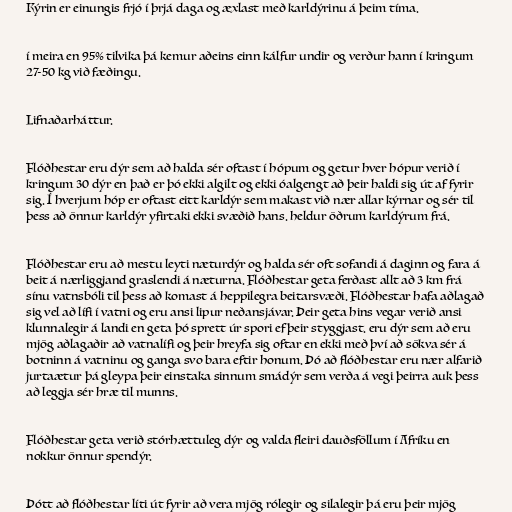
Kýrin er einungis frjó í þrjá daga og æxlast með karldýrinu á þeim tíma.

í meira en 95% tilvika þá kemur aðeins einn kálfur undir og verður hann í kringum
27-50 kg við fæðingu.

Lifnaðarháttur.

Flóðhestar eru dýr sem að halda sér oftast í hópum og getur hver hópur verið í
kringum 30 dýr en það er þó ekki algilt og ekki óalgengt að þeir haldi sig út af fyrir
sig. Í hverjum hóp er oftast eitt karldýr sem makast við nær allar kýrnar og sér til
þess að önnur karldýr yfirtaki ekki svæðið hans. heldur öðrum karldýrum frá.

Flóðhestar eru að mestu leyti næturdýr og halda sér oft sofandi á daginn og fara á
beit á nærliggjand graslendi á næturna. Flóðhestar geta ferðast allt að 3 km frá
sínu vatnsbóli til þess að komast á heppilegra beitarsvæði. Flóðhestar hafa aðlagað
sig vel að lífi í vatni og eru ansi lipur neðansjávar. Þeir geta hins vegar verið ansi
klunnalegir á landi en geta þó sprett úr spori ef þeir styggjast. eru dýr sem að eru
mjög aðlagaðir að vatnalífi og þeir hreyfa sig oftar en ekki með því að sökva sér á
botninn á vatninu og ganga svo bara eftir honum. Þó að flóðhestar eru nær alfarið
jurtaætur þá gleypa þeir einstaka sinnum smádýr sem verða á vegi þeirra auk þess
að leggja sér hræ til munns.

Flóðhestar geta verið stórhættuleg dýr og valda fleiri dauðsföllum í Afríku en
nokkur önnur spendýr.

Þótt að flóðhestar líti út fyrir að vera mjög rólegir og silalegir þá eru þeir mjög